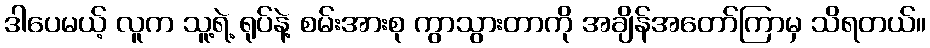
ဒါပေမယ့် လူက သူ့ရဲ့ ရုပ်နဲ့ စမ်းအားစု ကွာသွားတာကို အချိန်အတော်ကြာမှ သိရတယ်။